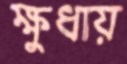
ক্ষুধায়